Lunatic asylums Punjab 1868-1880 - 1868-1880
Year: 1868
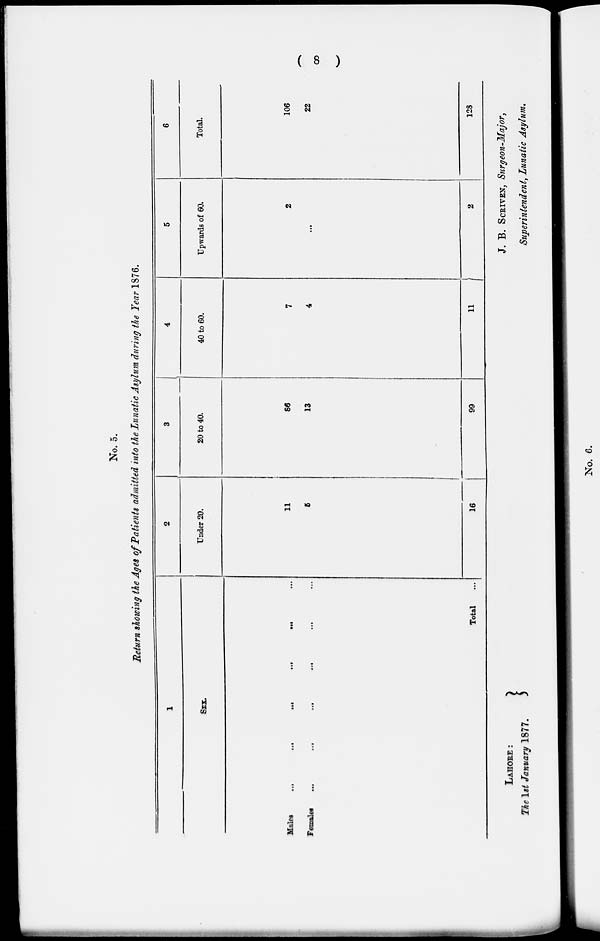
( 8 )
No. 5.
Return showing the Ages of Patients admitted into the Lunatic Asylum during the Year 1876.
1
SEX
Males ...
...
...
...
...
...
Females
...
...
...
...
...
Total ...
2
Under 20.
11
5
16
3
20 to 40.
86
13
99
4
40 to 60.
7
4
11
5
Upwards of 60.
2
...
2
6
Total.
106
22
128
LAHORE:
The 1st January 1877.
J. B. SCRIVEN, Surgeon-Major,
Superintendent, Lunatic Asylum.